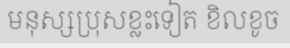
មនុស្សប្រុសខ្លះទៀត ខិលខូច